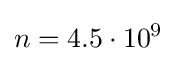
n=4.5\cdot 10^{9}